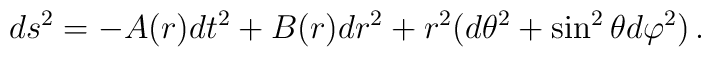
ds^2=-A(r)dt^2+B(r)dr^2+r^2(d\theta^2+\sin^2\theta d\varphi^2)\,.